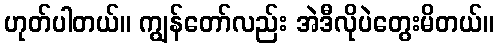
ဟုတ်ပါတယ်။ ကျွန်တော်လည်း အဲဒီလိုပဲတွေးမိတယ်။